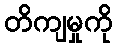
တိကျမှုကို